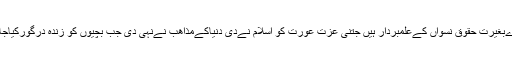
سارےبغیرت حقوق نسواں کےعلمبردار ہیں جتنی عزت عورت کو اسلام نےدی دنیاکےمذاھب نےنہی دی جب بچیوں کو زندہ درگورکیاجاتاتھا۔